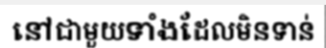
នៅជាមួយទាំងដែលមិនទាន់